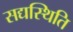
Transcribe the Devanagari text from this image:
सद्यस्थिति